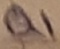
Text: Q1